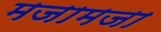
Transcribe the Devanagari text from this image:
मजामजा